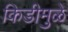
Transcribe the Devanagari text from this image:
किडीमुळे